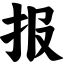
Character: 报